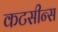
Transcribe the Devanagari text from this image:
कटसीन्स